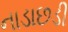
નાડાછડી